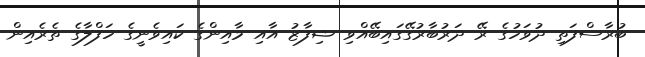
ބުރާސްފަތި ދުވަހުގެ ރޭ ދަރުބާރުގޭގައިބޭއްވި ޝިފާޒު އާއި މާއިންގެ ކައިވެނީގެ ހަފްލާގެ ތެރެއިން